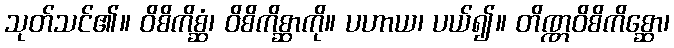
သုတ်သင်၏။ ဝိစိကိစ္ဆံ၊ ဝိစိကိစ္ဆာကို။ ပဟာယ၊ ပယ်၍။ တိဏ္ဏဝိစိကိစ္ဆော၊